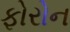
ફોરોન